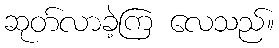
ဆုတ်လာခဲ့ကြ လေသည်။